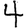
Digit: 4